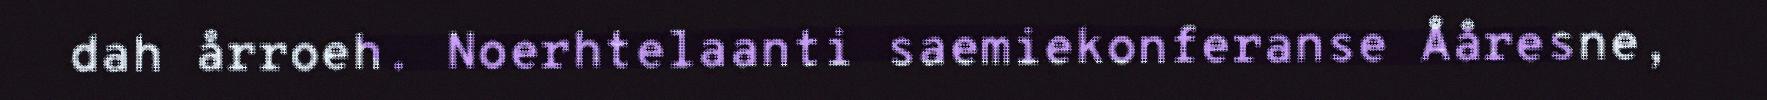
dah årroeh. Noerhtelaanti saemiekonferanse Ååresne,